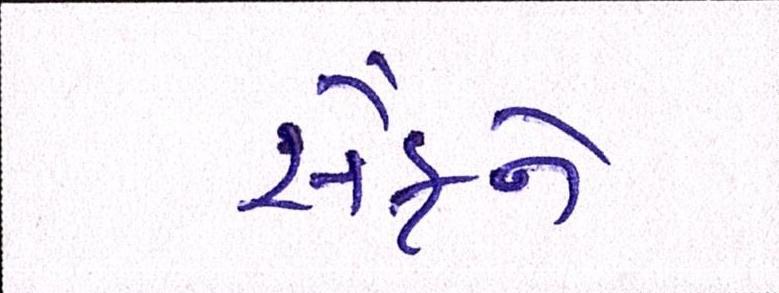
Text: સૈફને